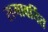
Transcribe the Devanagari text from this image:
समावर्तित